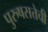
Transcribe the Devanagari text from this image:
पुरुषसत्तेची